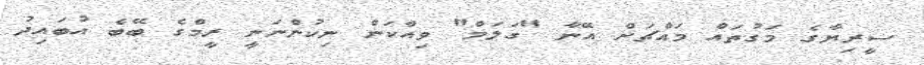
ސީރިޔާގެ މަގުތައް މައްޗަށް އޭނާ "ގަލަމް" ވިއްކަން ނިކުންނަނީ ރީމްގެ ބޭބެ އުބައިދު